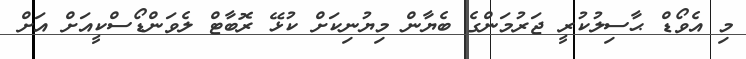
މި އެވޯޑް ޙާސިލުކުރީ ޖަރުމަންގެ ބެޔާން މިޔުނިކަށް ކުޅޭ ރޮބާޓް ލެވަންޑޯސްކީއަށް އަށް